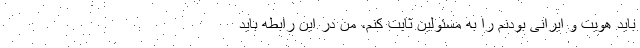
باید هویت و ایرانی بودنم را به مسئولین ثابت کنم، من در این رابطه باید